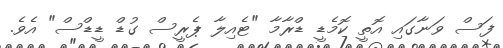
ފަސް ވަނާގައި އޮތީ ކޮމެޑީ ޑްރާމާ "ޓެއިލާ ޕެރީސް ގުޑް ޑީޑްސް" އެވެ.